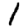
Digit: 1